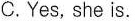
C.Yes, she is.